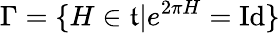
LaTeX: \Gamma=\{ H\in{\mathfrak{t}}|e^{2\pi H}=\operatorname{Id}\}